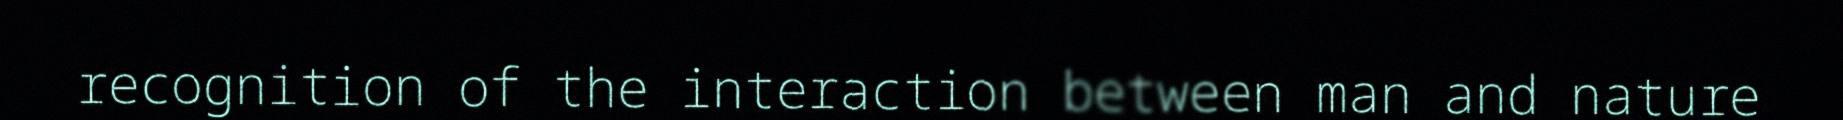
recognition of the interaction between man and nature